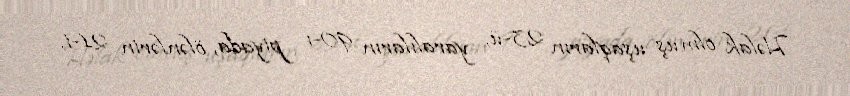
Həlak olmuş uşaqların 23-ü, yaralıların 90-ı piyada, ölənlərin 21-i,